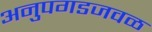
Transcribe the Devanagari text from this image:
अनुपगडजवळ